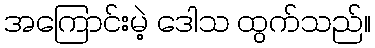
အကြောင်းမဲ့ ဒေါသ ထွက်သည်။